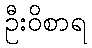
ဦးဝိစာရ